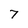
Character: 7